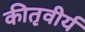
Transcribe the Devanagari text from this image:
कीतृवीर्य